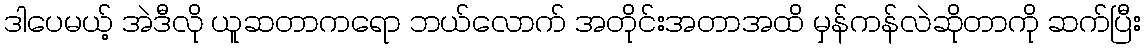
ဒါပေမယ့် အဲဒီလို ယူဆတာကရော ဘယ်လောက် အတိုင်းအတာအထိ မှန်ကန်လဲဆိုတာကို ဆက်ပြီး